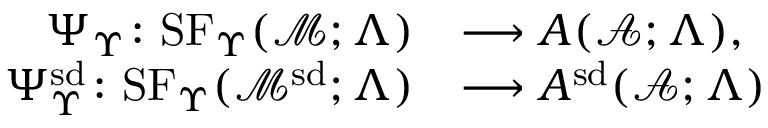
\begin{array} { r l } { \Psi _ { \Upsilon } \colon \mathrm { S F } _ { \Upsilon } ( \mathcal { M } ; \Lambda ) } & { \longrightarrow A ( \mathcal { A } ; \Lambda ) , } \\ { \Psi _ { \Upsilon } ^ { \smash { \mathrm { s d } } } \colon \mathrm { S F } _ { \Upsilon } ( \mathcal { M } ^ { \smash { \mathrm { s d } } } ; \Lambda ) } & { \longrightarrow A ^ { \smash { \mathrm { s d } } } ( \mathcal { A } ; \Lambda ) } \end{array}